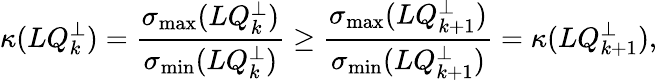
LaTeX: \kappa(LQ_{k}^{\perp})=\frac{\sigma_{\operatorname*{max}}(LQ_{k}^{\perp})}{\sigma_{\operatorname*{min}}(LQ_{k}^{\perp})}\geq\frac{\sigma_{\operatorname*{max}}(LQ_{k+1}^{\perp})}{\sigma_{\operatorname*{min}}(LQ_{k+1}^{\perp})}=\kappa(LQ_{k+1}^{\perp}),